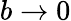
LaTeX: b\rightarrow 0